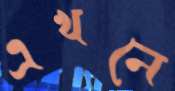
এখনে